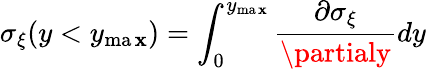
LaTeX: \sigma_{\xi}(y<y_{\operatorname*{ma\mathbf{x}}})=\int_{0}^{y_{\operatorname*{ma\mathbf{x}}}}\frac{{\partial\sigma_{\xi}}}{{\partialy}}dy